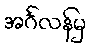
အင်္ဂလန်မှ